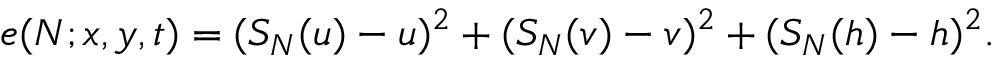
e ( N ; x , y , t ) = ( S _ { N } ( u ) - u ) ^ { 2 } + ( S _ { N } ( v ) - v ) ^ { 2 } + ( S _ { N } ( h ) - h ) ^ { 2 } .